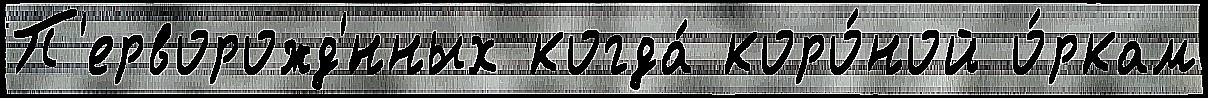
П'ерворожд'́нных когда́ коро́ной о́ркам